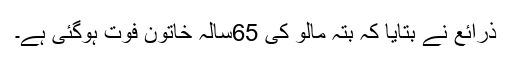
ذرائع نے بتایا کہ بتہ مالو کی 65سالہ خاتون فوت ہوگئی ہے۔